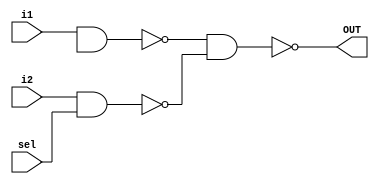
module MUX_2_to_1_struct(OUT,i2,i1,sel); 
input i1,i2,sel; 
output OUT; 
wire x1,x2,seln; 
not(seln,sl); 
nand(x1,i1,sel_n);
nand(x2,i2,sel);
nand(OUT,x1,x2);
endmodule